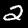
Digit: 2